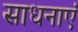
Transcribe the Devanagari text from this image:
साधनाएं